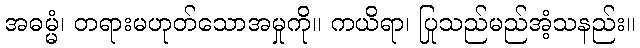
အဓမ္မံ၊ တရားမဟုတ်သောအမှုကို။ ကယိရာ၊ ပြုသည်မည်အံ့သနည်း။